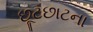
છૂટછાટના